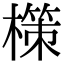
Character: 𭬂